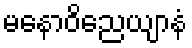
မနောဝိညေယျာနံ